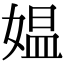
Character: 媪